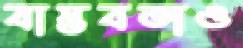
বাস্তবতাও